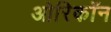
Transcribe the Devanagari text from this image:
ओरिकॉन